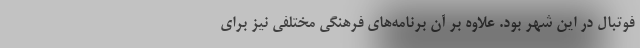
فوتبال در این شهر بود. علاوه بر آن برنامه‌های فرهنگی مختلفی نیز برای